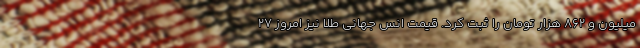
میلیون و ۸۶۲ هزار تومان را ثبت کرد. قیمت انس جهانی طلا نیز امروز ۲۷